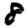
Digit: 8